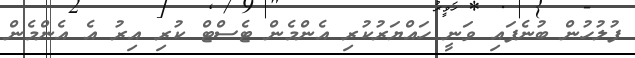
ފުލުހުން ބުނެފައި ވަނީ ހައްޔަރުކުރި އެންމެން ޓެސްޓް ކުރި އިރު އެ އެންމެން